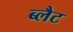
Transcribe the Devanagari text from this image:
ब्लैट